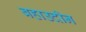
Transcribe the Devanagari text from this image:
बहाउदीन